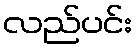
လည်ပင်း